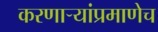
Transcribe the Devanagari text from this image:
करणार्‍यांप्रमाणेच